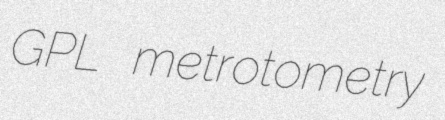
GPL metrotometry